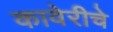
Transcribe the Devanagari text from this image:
कावेरीचे